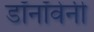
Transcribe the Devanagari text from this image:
डॉनॉवेनी